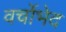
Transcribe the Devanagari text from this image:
वर्चोभेद